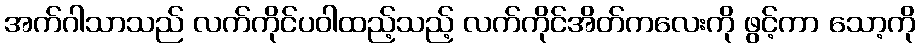
အက်ဂါသာသည် လက်ကိုင်ပဝါထည့်သည့် လက်ကိုင်အိတ်ကလေးကို ဖွင့်ကာ သော့ကို